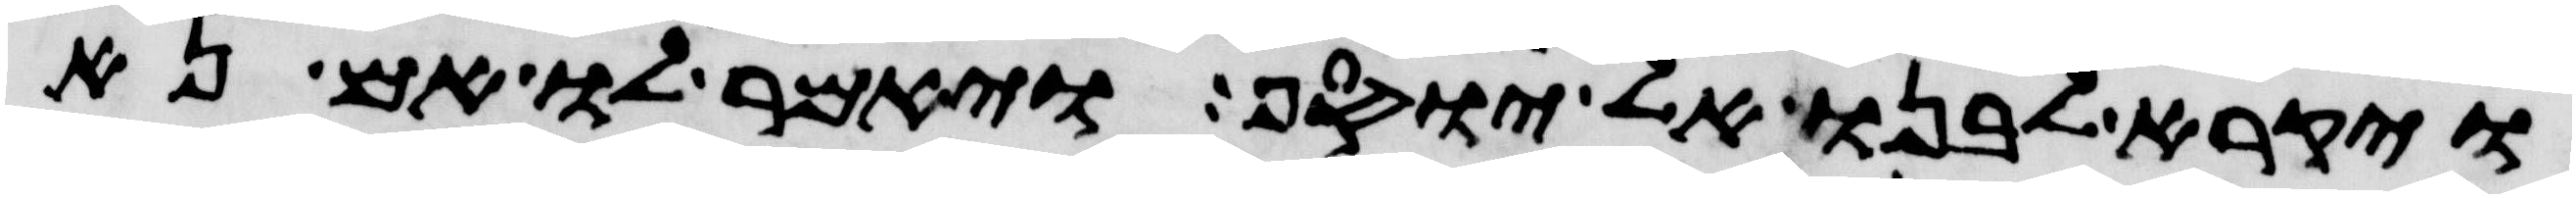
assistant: ויקרא לבנו ליוסף ויאמר לו אם נא